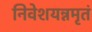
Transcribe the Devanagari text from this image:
निवेशयन्नमृतं